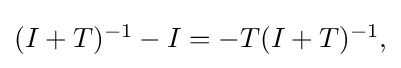
{\textstyle (I+T)^{-1}-I=-T(I+T)^{-1},}